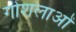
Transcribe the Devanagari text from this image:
गोशलाओं